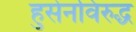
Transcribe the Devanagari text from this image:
हुसेनविरुद्ध